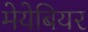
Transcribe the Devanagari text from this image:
मेयेबियर